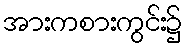
အားကစားကွင်း၌